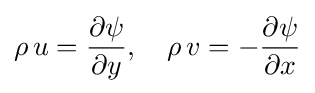
\rho \,u={\frac {\partial \psi }{\partial y}},\quad \rho \,v=-{\frac {\partial \psi }{\partial x}}